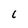
Character: L